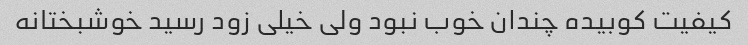
کیفیت کوبیده چندان خوب نبود ولی خیلی زود رسید خوشبختانه